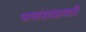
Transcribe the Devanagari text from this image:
परमहंसवंशावली